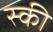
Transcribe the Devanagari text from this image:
स्‍की